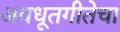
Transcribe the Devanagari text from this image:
अवधूतगीतेचा